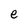
Character: e